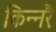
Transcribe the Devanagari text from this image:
किन्नरैः